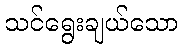
သင်ရွေးချယ်သော